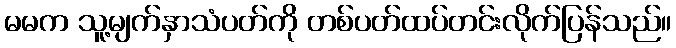
မမက သူ့မျက်နှာသံပတ်ကို တစ်ပတ်ထပ်တင်းလိုက်ပြန်သည်။